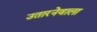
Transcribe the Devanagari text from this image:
उतारनेवाला